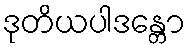
ဒုတိယပါဒန္တော